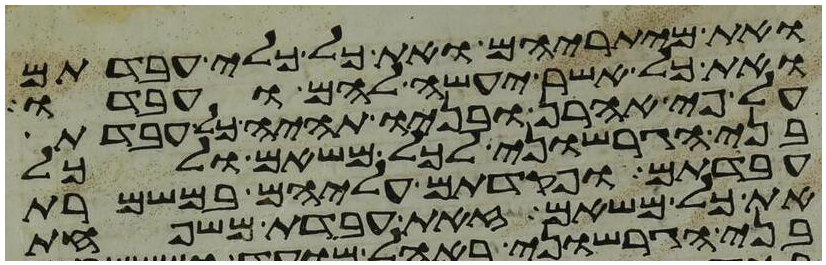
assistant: ואת מיתריהם ואת כל כלי עבדתם
ואת כל אשר יעשה להם ועבדו
על פי אהרן ובניו תהיה כל עבדת
בני הגרשוני לכל משאם ולכל
עבדתם ופקדתם עליהם במשמרת
את כל משאם זאת עבדת משפחת